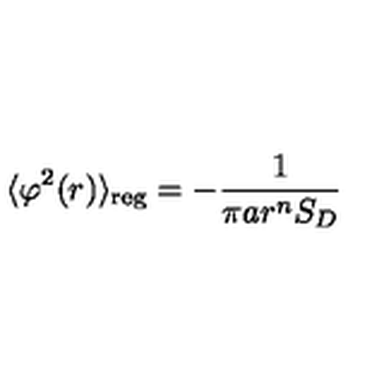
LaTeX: \langle \varphi ^ { 2 } ( r ) \rangle _ { \mathrm { r e g } } = - \frac { 1 } { \pi a r ^ { n } S _ { D } }